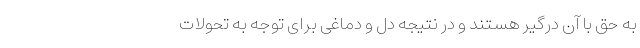
به حق با آن درگیر هستند و در نتیجه دل و دماغی برای توجه به تحولات